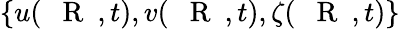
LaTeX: \{ u(\mathrm{~{~\mathbf~R~}~},t),v(\mathrm{~{~\mathbf~R~}~},t),\zeta(\mathrm{~{~\mathbf~R~}~},t)\}